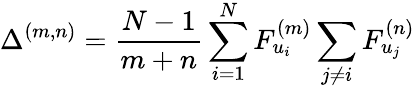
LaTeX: \Delta^{(m,n)}=\frac{N-1}{m+n}\sum_{i=1}^{N}F_{u_{i}}^{(m)}\sum_{j\neq i}F_{u_{j}}^{(n)}